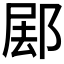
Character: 𰻰